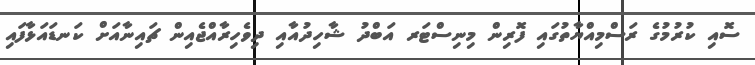
ސޮއި ކުރުމުގެ ރަސްމިއްޔާތުގައި ފޮރިން މިނިސްޓަރ އަބްދު ޝާހިދުއާއި ދިވެހިރާއްޖެއިން ޗައިނާއަށް ކަނޑައަޅާފައި